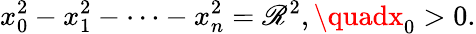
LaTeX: x_{0}^{2}-x_{1}^{2}-\cdots-x_{n}^{2}=\mathscr{R}^{2},\quadx_{0}>0.